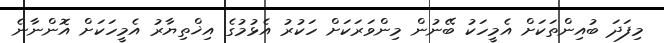
މިފަދަ ބުއިންތަކަށް އެމީހަކު ބޭނުން މިންވަރަކަށް ހަކުރު އެޅުމުގެ އިޚްތިޔާރު އެމީހަކަށް އޮންނާނެ